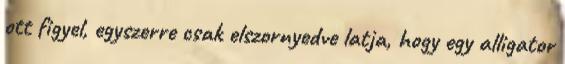
ott figyel, egyszerre csak elszornyedve latja, hogy egy alligator